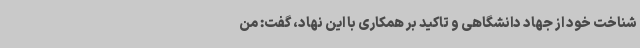
شناخت خود از جهاد دانشگاهی و تاکید بر همکاری با این نهاد، گفت: من